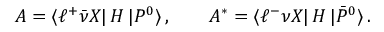
A = \langle \ell ^ { + } \bar { \nu } X | \, { \cal H } \, | P ^ { 0 } \rangle \, , \qquad A ^ { * } = \langle \ell ^ { - } \nu X | \, { \cal H } \, | \bar { P } ^ { 0 } \rangle \, .